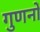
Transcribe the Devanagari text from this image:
गुणनों